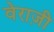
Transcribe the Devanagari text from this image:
वेराज़ी